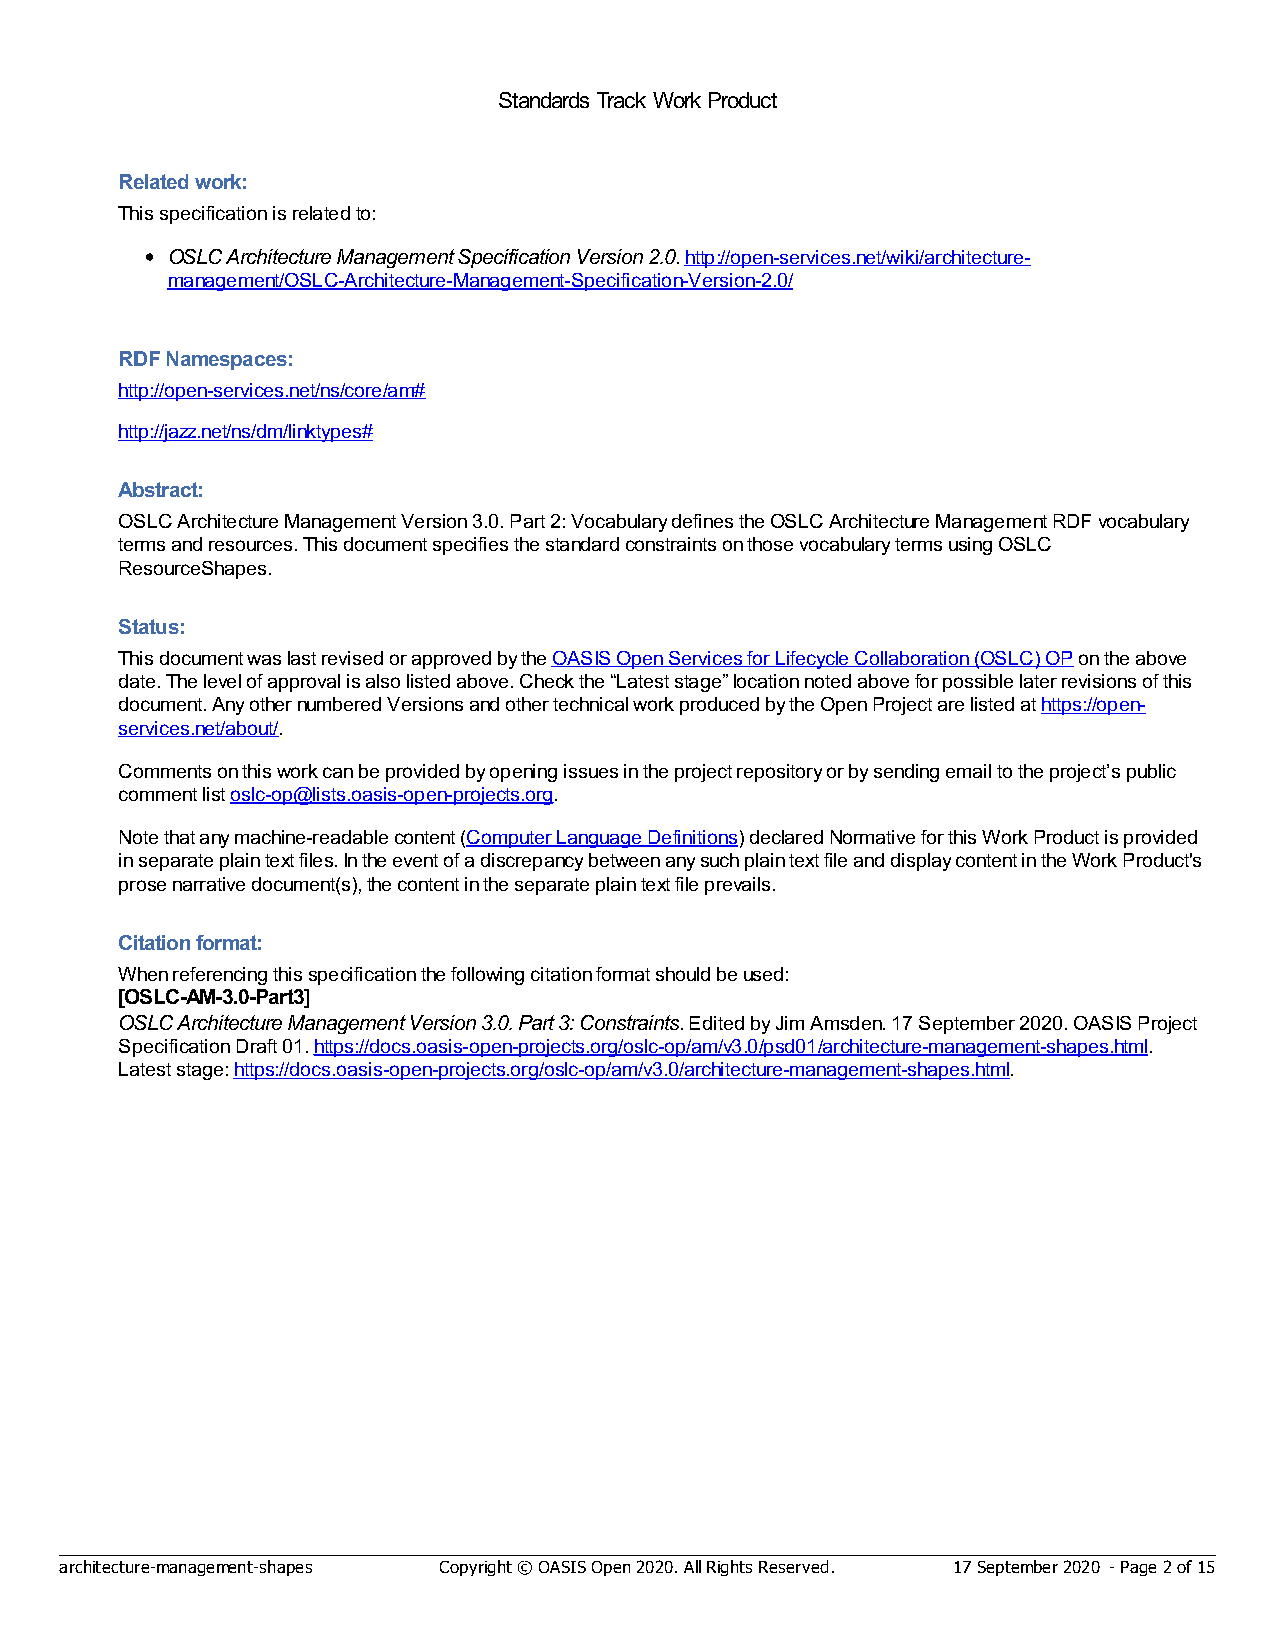
Standards Track Work Product
 Related work:
 This specification is related to:
 OSLC Architecture Management Specification Version 2.0. http://open-services.net/wiki/architecture-
 management/OSLC-Architecture-Management-Specification-Version-2.0/
 RDF Namespaces:
 http://open-services.net/ns/core/am#
 http://jazz.net/ns/dm/linktypes#
 Abstract:
 OSLC Architecture Management Version 3.0. Part 2: Vocabulary defines the OSLC Architecture Management RDF vocabulary
 terms and resources. This document specifies the standard constraints on those vocabulary terms using OSLC
 ResourceShapes.
 Status:
 This document was last revised or approved by the OASIS Open Services for Lifecycle Collaboration (OSLC) OP on the above
 date. The level of approval is also listed above. Check the “Latest stage” location noted above for possible later revisions of this
 document. Any other numbered Versions and other technical work produced by the Open Project are listed at https://open-
 services.net/about/.
 Comments on this work can be provided by opening issues in the project repository or by sending email to the project’s public
 comment list oslc-op@lists.oasis-open-projects.org.
 Note that any machine-readable content (Computer Language Definitions) declared Normative for this Work Product is provided
 in separate plain text files. In the event of a discrepancy between any such plain text file and display content in the Work Product's
 prose narrative document(s), the content in the separate plain text file prevails.
 Citation format:
 When referencing this specification the following citation format should be used:
 [OSLC-AM-3.0-Part3]
 OSLC Architecture Management Version 3.0. Part 3: Constraints. Edited by Jim Amsden. 17 September 2020. OASIS Project
 Specification Draft 01. https://docs.oasis-open-projects.org/oslc-op/am/v3.0/psd01/architecture-management-shapes.html.
 Latest stage: https://docs.oasis-open-projects.org/oslc-op/am/v3.0/architecture-management-shapes.html.
 architecture-management-shapes Copyright © OASIS Open 2020. All Rights Reserved. 17 September 2020 - Page 2 of 15